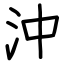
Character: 沖